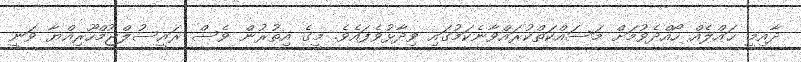
ދާއިމީ ޙައްލެއް ހޯއްދެވުމަަށް މަސައްކަތްކުރައްވާނެކަމުގައި ވިދާޅުވެފައެވެ. މީގެ އިތުރުން ވެސް ރައީސުލްޖުމްހޫރިއްޔާ ވަނީ